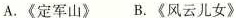
A.《定军山》B.《风云儿女》